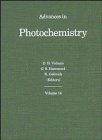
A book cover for Advances in Photochemistry (Volume 14); Science & Math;